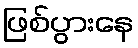
ဖြစ်ပွားနေ